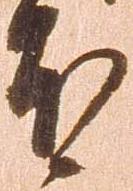
本